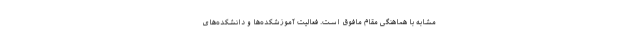
مشابه با هماهنگی مقام مافوق است. فعالیت آموزشکده‌ها و دانشکده‌های